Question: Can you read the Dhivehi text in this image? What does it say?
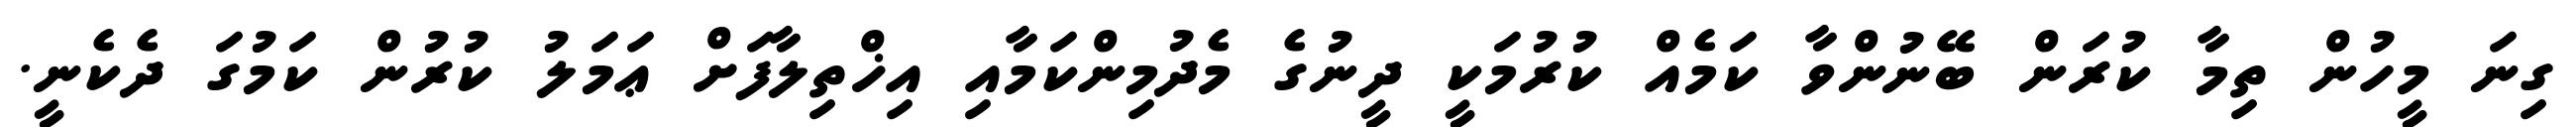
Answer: ގިނަ މީހުން ތިމާ ކުރަން ބޭނުންވާ ކަމެއް ކުރުމަކީ ދީނުގެ މެދުމިންކަމާއި އިޚްތިލާފަށް ޢަމަލު ކުރުން ކަމުގަ ދެކެނީ.